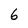
Character: 6